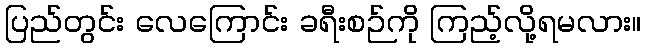
ပြည်တွင်း လေကြောင်း ခရီးစဉ်ကို ကြည့်လို့ရမလား။